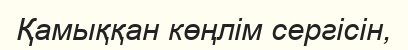
Қамыққан көңлім сергісін,